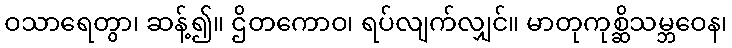
ဝသာရေတွာ၊ ဆန့်၍။ ဌိတကောဝ၊ ရပ်လျက်လျှင်။ မာတုကုစ္ဆိသမ္ဘဝေန၊